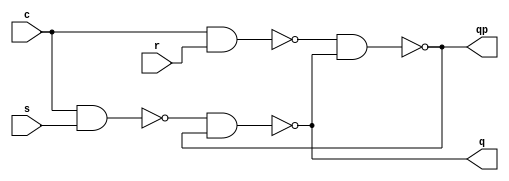
`timescale 1ns / 1ps

module RSFF_NAND(
    input r, s, c,
    output q, qp
    );
    
    assign q = ~(~(c & s) & qp);
    assign qp = ~(~(c & r) & q);

endmodule